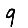
Digit: 9